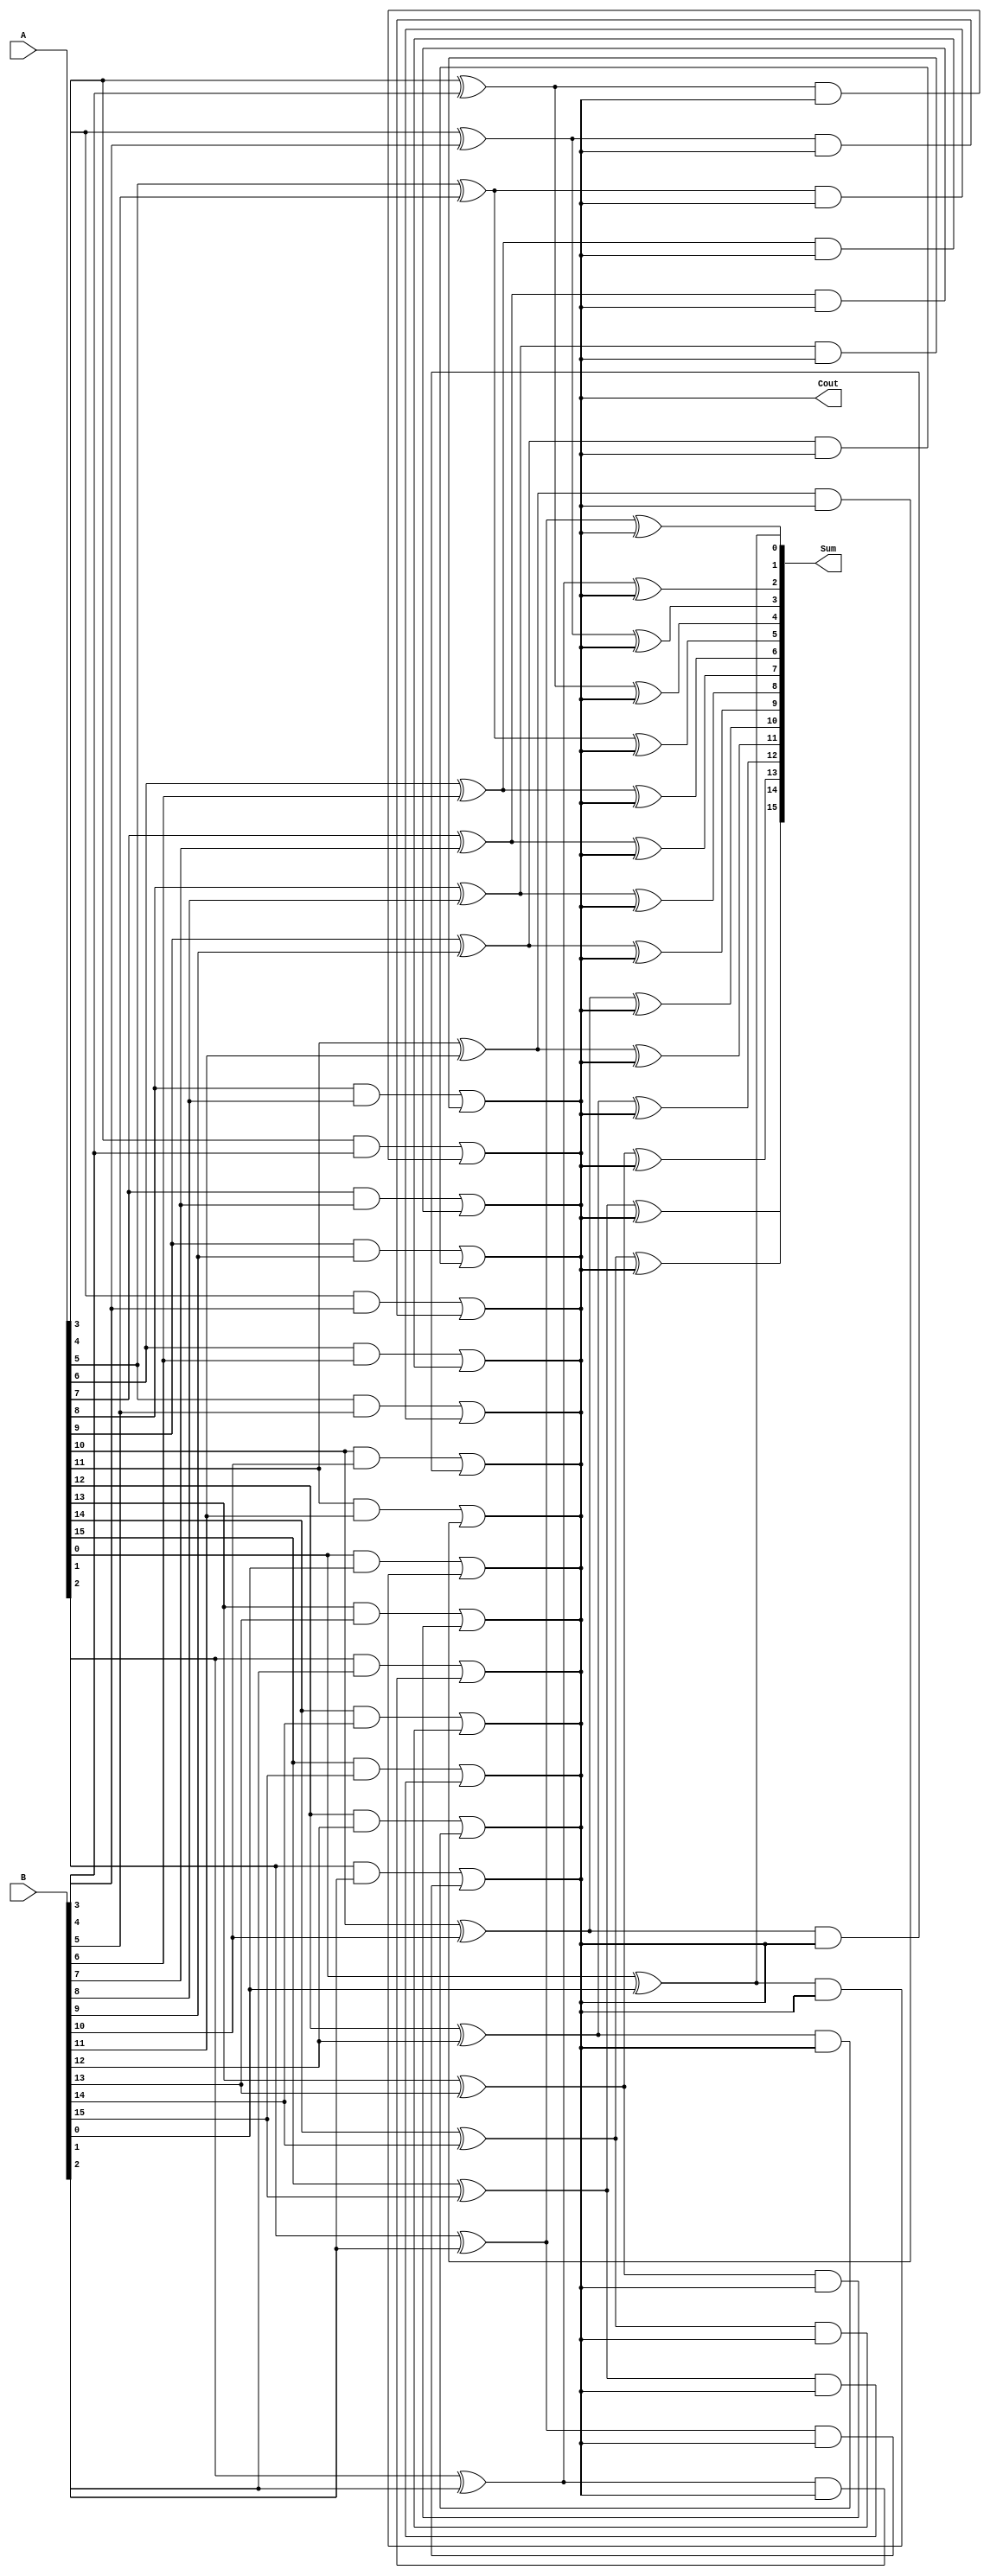
module carry_lookahead_adder (
    input [15:0] A,
    input [15:0] B,
    output [15:0] Sum,
    output Cout
);

wire [16:0] P, G;

genvar i;

generate
    for (i = 0; i < 16; i = i + 1) begin: gen_part
        assign P[i] = A[i] ^ B[i];
        assign G[i] = A[i] & B[i];
    end
endgenerate

assign Sum[0] = A[0] ^ B[0];
assign Cout = G[0] | (P[0] & Cout);

generate
    for (i = 1; i < 16; i = i + 1) begin: gen_part2
        assign Sum[i] = P[i] ^ Cout;
        assign Cout = G[i] | (P[i] & Cout);
    end
endgenerate

endmodule